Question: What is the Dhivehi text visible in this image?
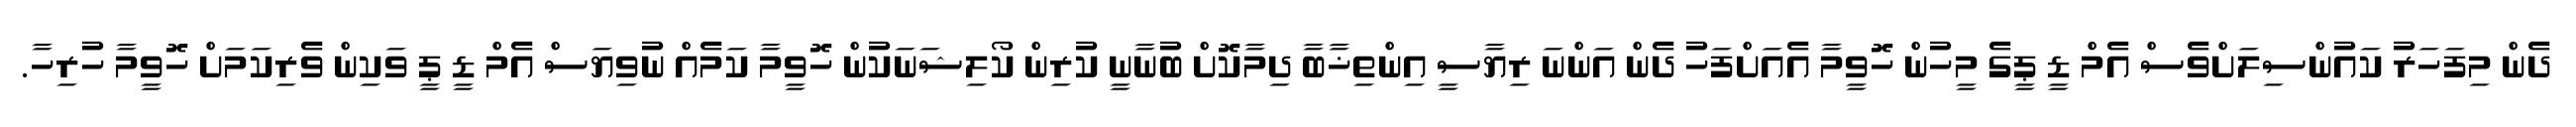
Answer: ދެން މިފަހަރު ކައުންސިލަށްވެސް އެމް ޑީ ޕީގެ މީހުން ހޮވީމާ އެއަށްފަހު ދެން އަންނަ ރިޔާސީ އިންތިޚާބާ ދިމާކޮށް ބުނާނީ ކުރިން ކޯލިޝަނަކުން ހޮވީމާ ކަމެއް ނުވިޔަސް އެމް ޑީ ޕީ ވަކިން ވެރިކަމަށް ހޮވީމާ ހުރިހާ.